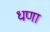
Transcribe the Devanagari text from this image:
धणा